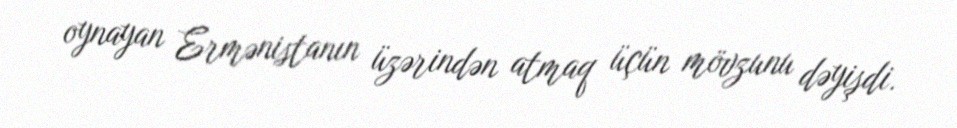
oynayan Ermənistanın üzərindən atmaq üçün mövzunu dəyişdi.